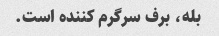
بله، برف سرگرم کننده است.